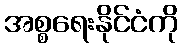
အစ္စရေးနိုင်ငံကို